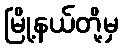
မြို့နယ်တို့မှ